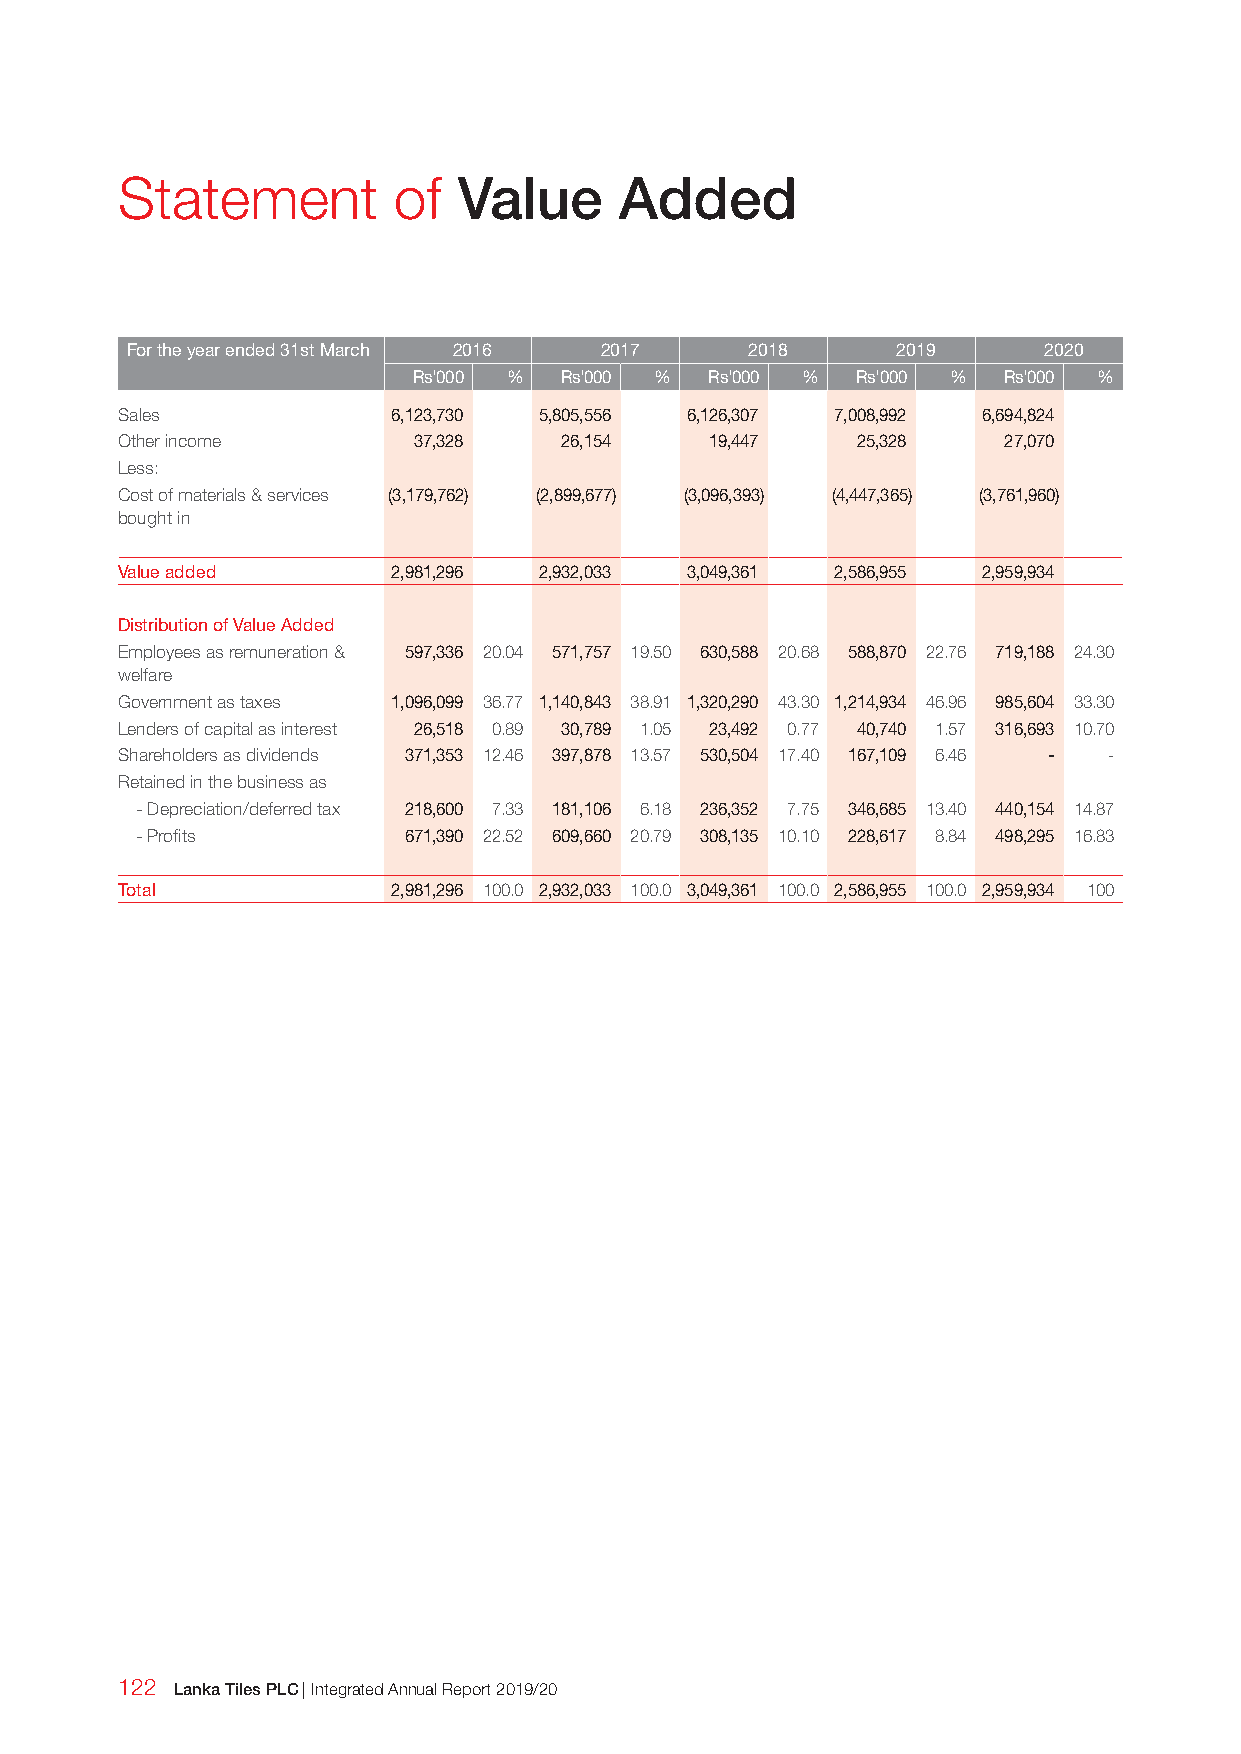
Statement         of  Value      Added
 For the year ended 31st March 2016 2017   2018     2019      2020
 Rs'000 %  Rs'000 %  Rs'000 %  Rs'000 % Rs'000 %
 Sales             6,123,730 5,805,556 6,126,307 7,008,992 6,694,824
 Other income       37,328    26,154    19,447    25,328   27,070
 Less:
 Cost of materials & services (3,179,762) (2,899,677) (3,096,393) (4,447,365) (3,761,960)
 bought in
 Value added       2,981,296 2,932,033 3,049,361 2,586,955 2,959,934
 Distribution of Value Added
 Employees as remuneration & 597,336 20.04 571,757 19.50 630,588 20.68 588,870 22.76 719,188 24.30
 welfare
 Government as taxes 1,096,099 36.77 1,140,843 38.91 1,320,290 43.30 1,214,934 46.96 985,604 33.30
 Lenders of capital as interest 26,518 0.89 30,789 1.05 23,492 0.77 40,740 1.57 316,693 10.70
 Shareholders as dividends 371,353 12.46 397,878 13.57 530,504 17.40 167,109 6.46 - -
 Retained in the business as
 - Depreciation/deferred tax 218,600 7.33 181,106 6.18 236,352 7.75 346,685 13.40 440,154 14.87
 - Profits         671,390 22.52 609,660 20.79 308,135 10.10 228,617 8.84 498,295 16.83
 Total             2,981,296 100.0 2,932,033 100.0 3,049,361 100.0 2,586,955 100.0 2,959,934 100
 122 Lanka Tiles PLC | Integrated Annual Report 2019/20